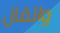
والقال